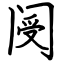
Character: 阌